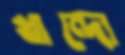
খান্দো